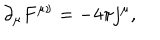
LaTeX: \partial _ { \mu } F ^ { \mu \nu } = - 4 \pi j ^ { \mu } ,